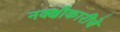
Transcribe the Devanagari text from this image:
नक्क्षीकारीचे